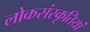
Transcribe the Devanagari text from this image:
लोकसंस्कृतियां